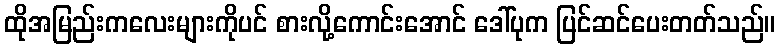
ထိုအမြည်းကလေးများကိုပင် စားလို့ကောင်းအောင် ဒေါ်ပုက ပြင်ဆင်ပေးတတ်သည်။